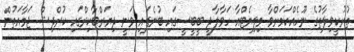
ތުރުކީވިލާތުގެ ނޫހެއްކަމަށްވާ މިލިޔެޓްއާ ހަވާލާދީ ބީބީސީގައި ބުނެފައި ވަނީ ދިޔަރްބާކިރްގައި ކުރްދިޝް ޖަމާއަތުން